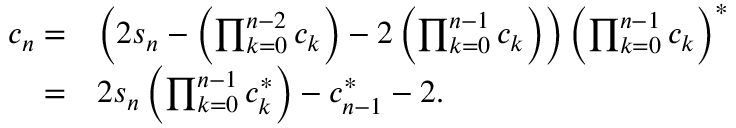
\begin{array} { r l } { c _ { n } = } & { \left( 2 s _ { n } - \left( \prod _ { k = 0 } ^ { n - 2 } c _ { k } \right) - 2 \left( \prod _ { k = 0 } ^ { n - 1 } c _ { k } \right) \right) \left( \prod _ { k = 0 } ^ { n - 1 } c _ { k } \right) ^ { \ast } } \\ { = } & { 2 s _ { n } \left( \prod _ { k = 0 } ^ { n - 1 } c _ { k } ^ { \ast } \right) - c _ { n - 1 } ^ { \ast } - 2 . } \end{array}